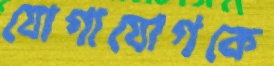
যোগাযোগকে